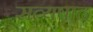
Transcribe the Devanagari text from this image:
सत्यषाढ